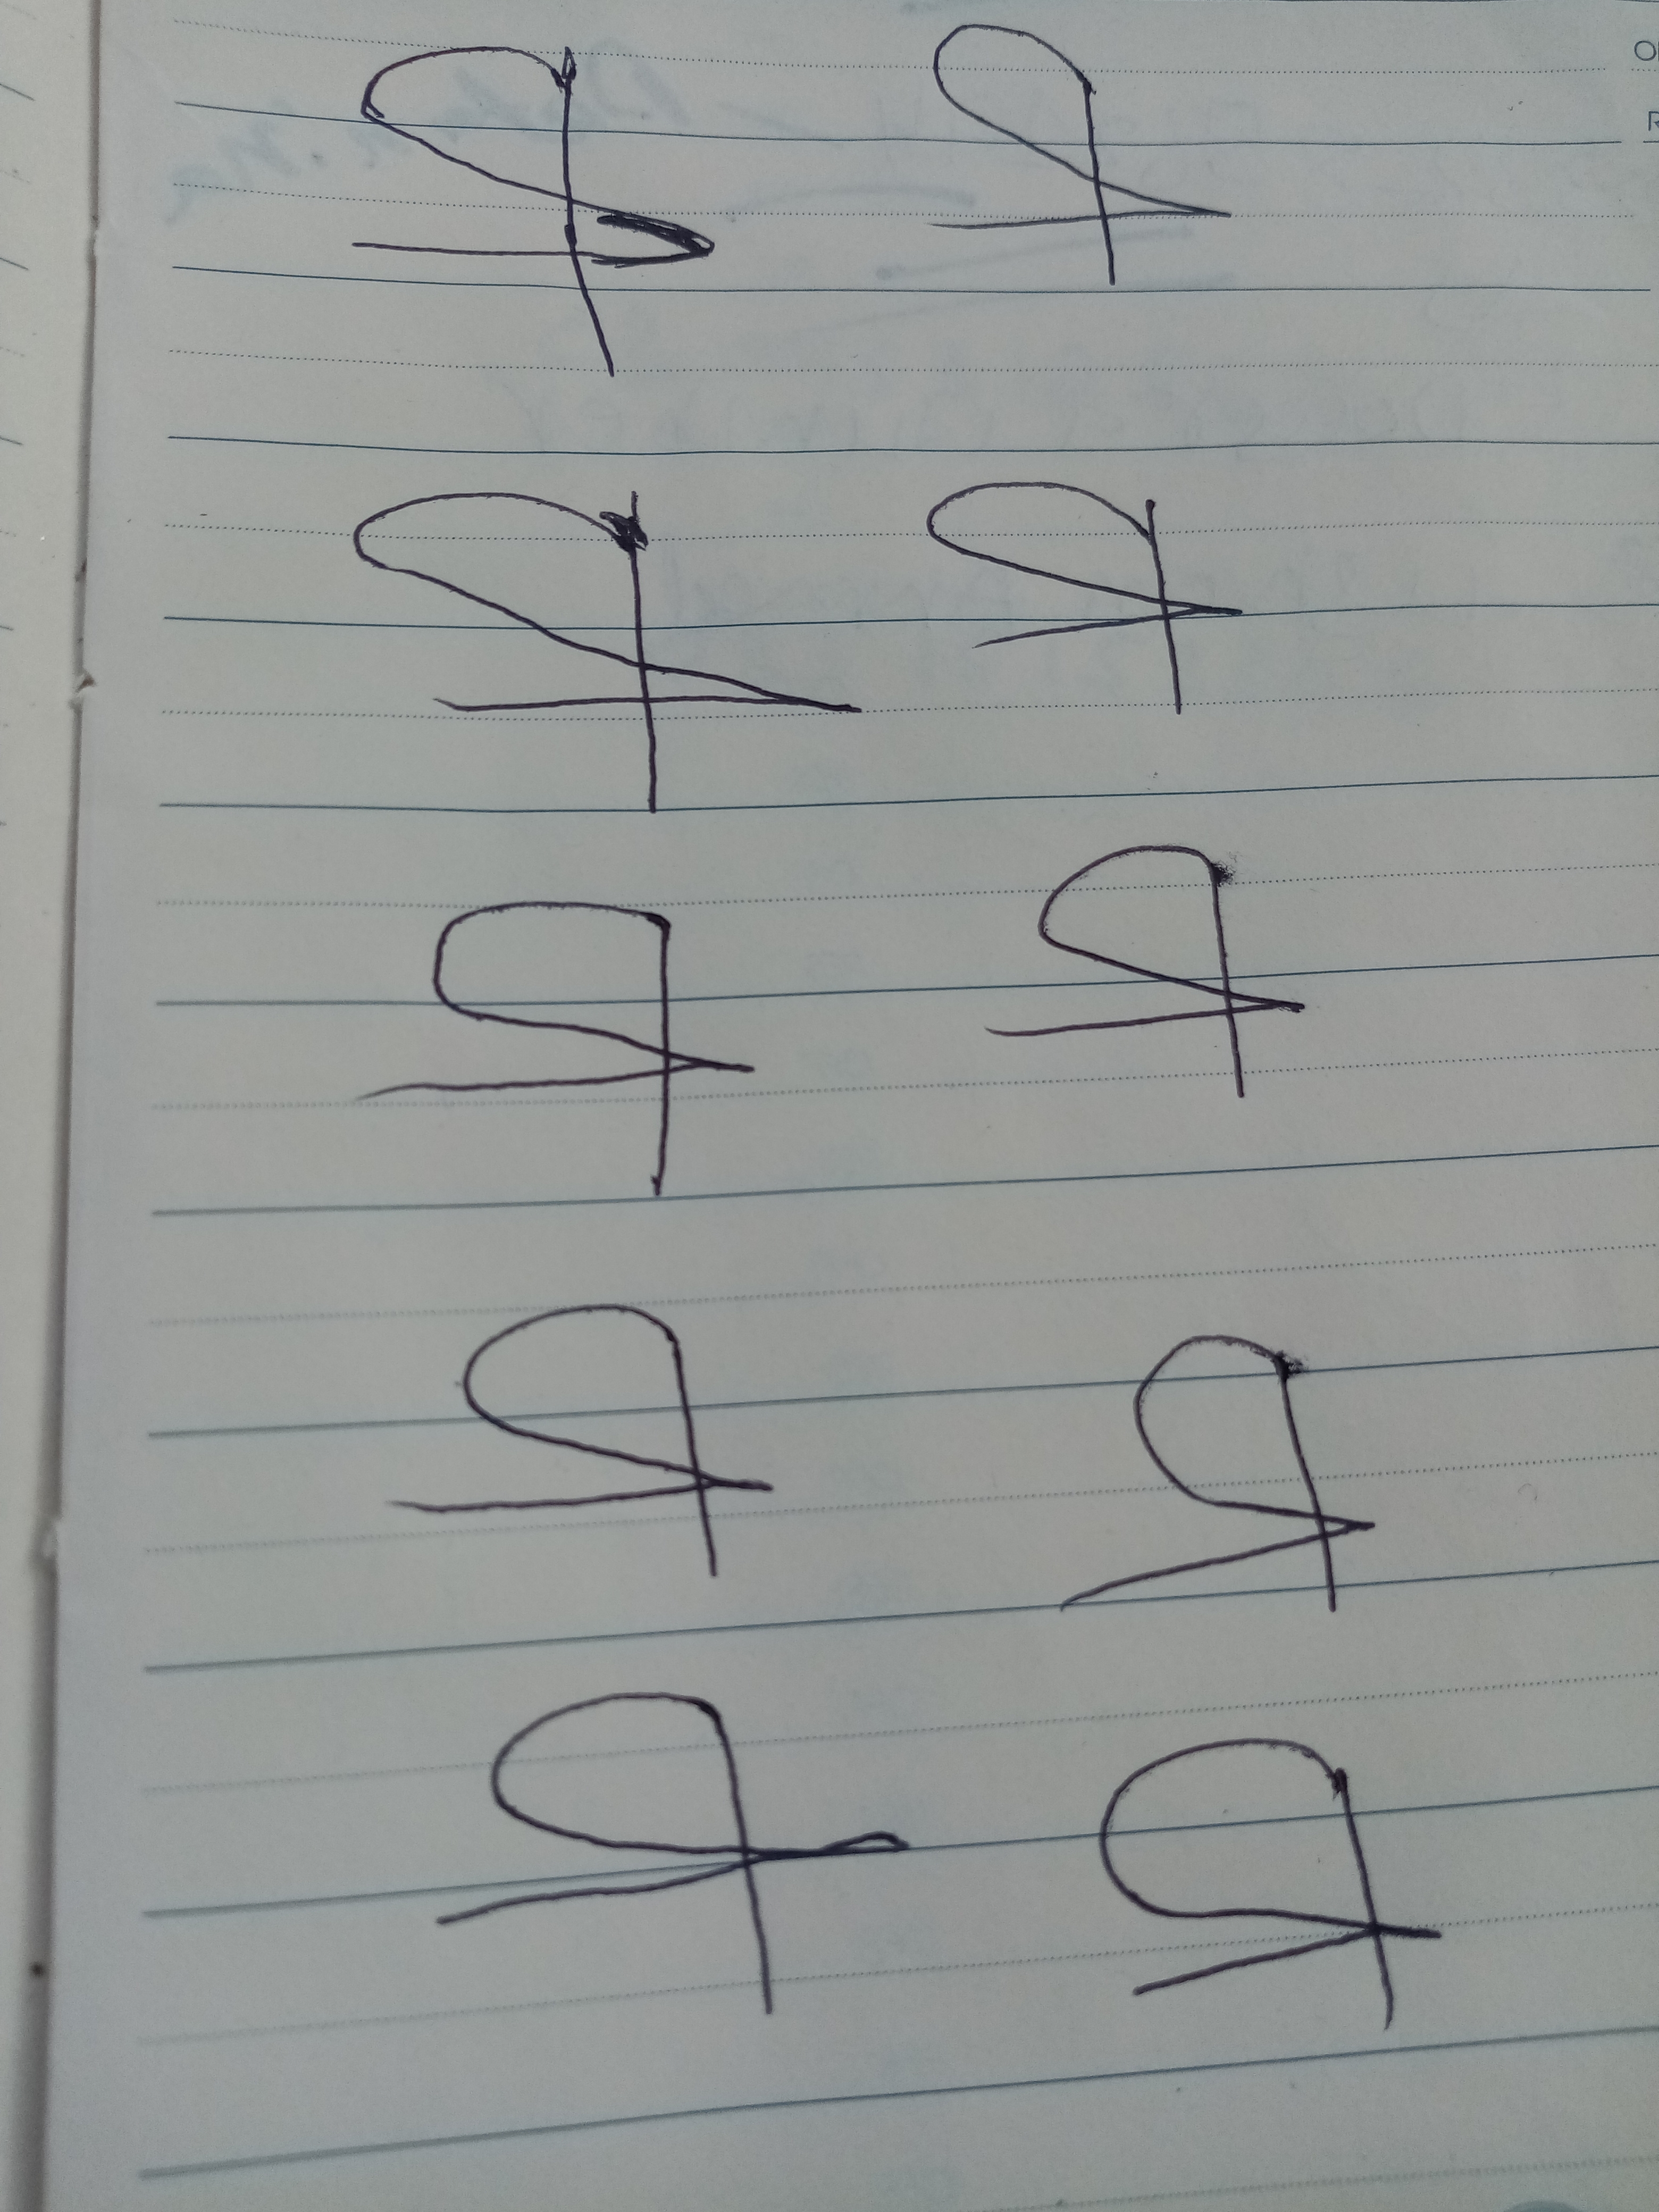
Signature authenticity: forged